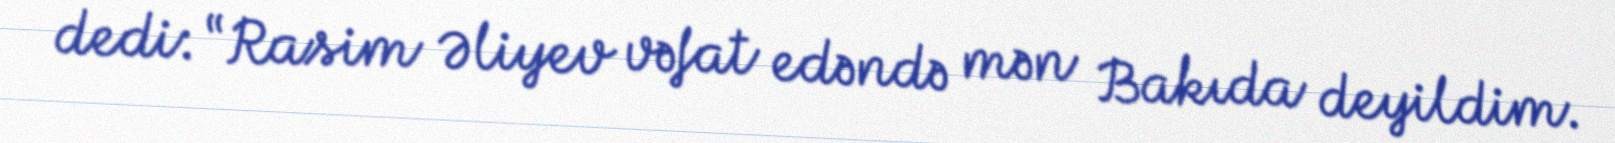
dedi: “Rasim Əliyev vəfat edəndə mən Bakıda deyildim.